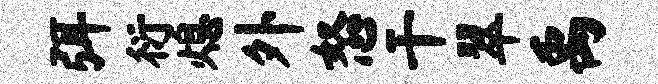
弭衍熄外怒干翠禹